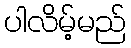
ပါလိမ့်မည်